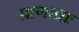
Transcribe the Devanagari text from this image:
प्राणाद्याः